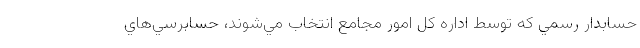
حسابدار رسمي كه توسط اداره كل امور مجامع انتخاب مي‌شوند، حسابرسي‌هاي